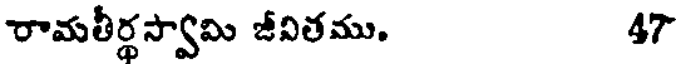
రామతీర్థస్వామి జీవితము. 47